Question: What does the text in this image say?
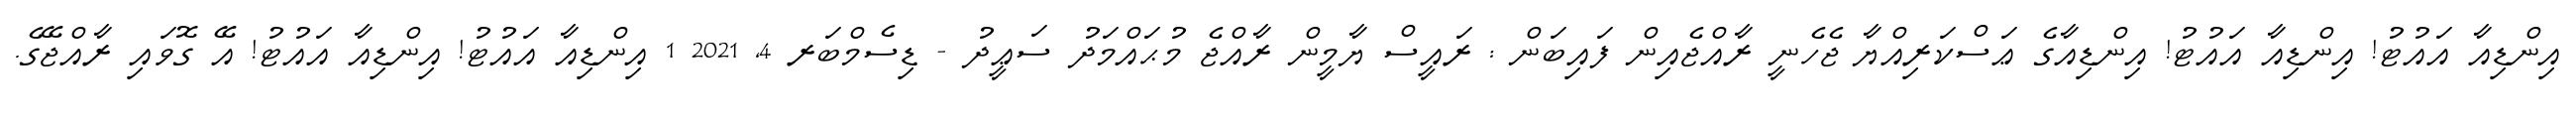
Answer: އިންޑިއާ އައުޓު! އިންޑިއާ އައުޓު! އިންޑިއާގެ ޢަސްކަރިއްޔާ ޖެހެނީ ރާއްޖެއިން ފައިބަން : ރައީސް ޔާމީން ރާއްޖެ މުޙައްމަދު ސަޢީދު - ޑިސެމްބަރ 4, 2021 1 އިންޑިއާ އައުޓު! އިންޑިއާ އައުޓު! އޭ ގޮވައި ރާއްޖޭގެ.